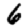
Digit: 6